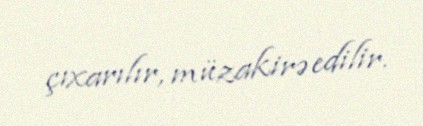
çıxarılır, müzakirə edilir.